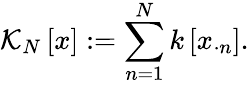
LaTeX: \mathcal{K}_{N}\left[x\right]:=\sum_{n=1}^{N}\mathcal{k}\left[x_{\cdot n}\right].